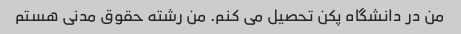
من در دانشگاه پکن تحصیل می کنم. من رشته حقوق مدنی هستم